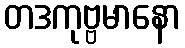
တဒကုဗ္ဗမာနော